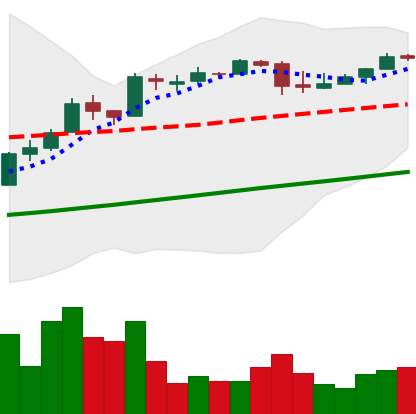
Ticker: BTC-USD
Chart end date: 2017-04-19
Forward return: 3.293%
Label: up_3_5